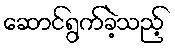
ဆောင်ရွက်ခဲ့သည့်